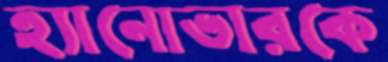
হ্যানোভারকে